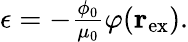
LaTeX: \begin{array}{r}{\epsilon=-\frac{\phi_{0}}{\mu_{0}}\varphi({\mathbf r}_{\mathrm{ex}}).}\end{array}